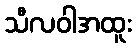
သီလဝါအထူး